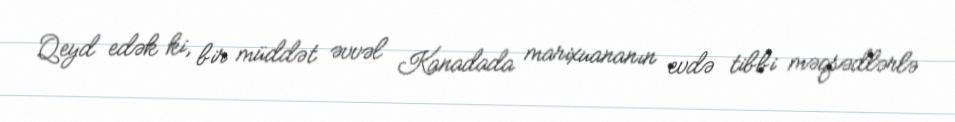
Qeyd edək ki, bir müddət əvvəl Kanadada marixuananın evdə tibbi məqsədlərlə